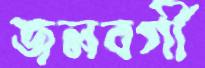
জলবর্গী